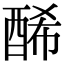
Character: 𨡂